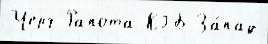
Черч Рапота КГБ За́пад